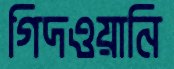
গিদওয়ানি